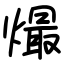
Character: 熶